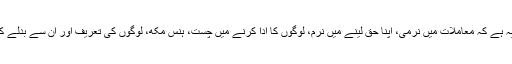
انہوں نے کہا کہ مخلوق کے ساتھ حسن خلق یہ ہے کہ معاملات میں نرمی، اپنا حق لینے میں نرم، لوگوں کا ادا کرنے میں چست، ہنس مکھ، لوگوں کی تعریف اور ان سے بدلے کا طالب نہ رہے، حاجت مندوں پر خرچ کرنا۔